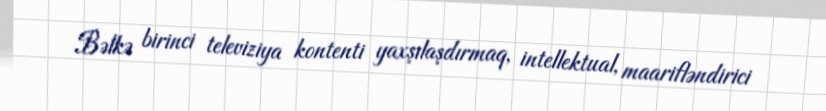
Bəlkə birinci televiziya kontenti yaxşılaşdırmaq, intellektual, maarifləndirici